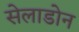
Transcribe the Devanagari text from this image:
सेलाडोन